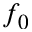
f _ { 0 }